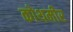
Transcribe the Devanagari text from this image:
कोथमीर